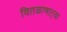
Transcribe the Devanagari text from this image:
वितळाणाऱ्या